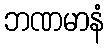
ဘဏမာနံ